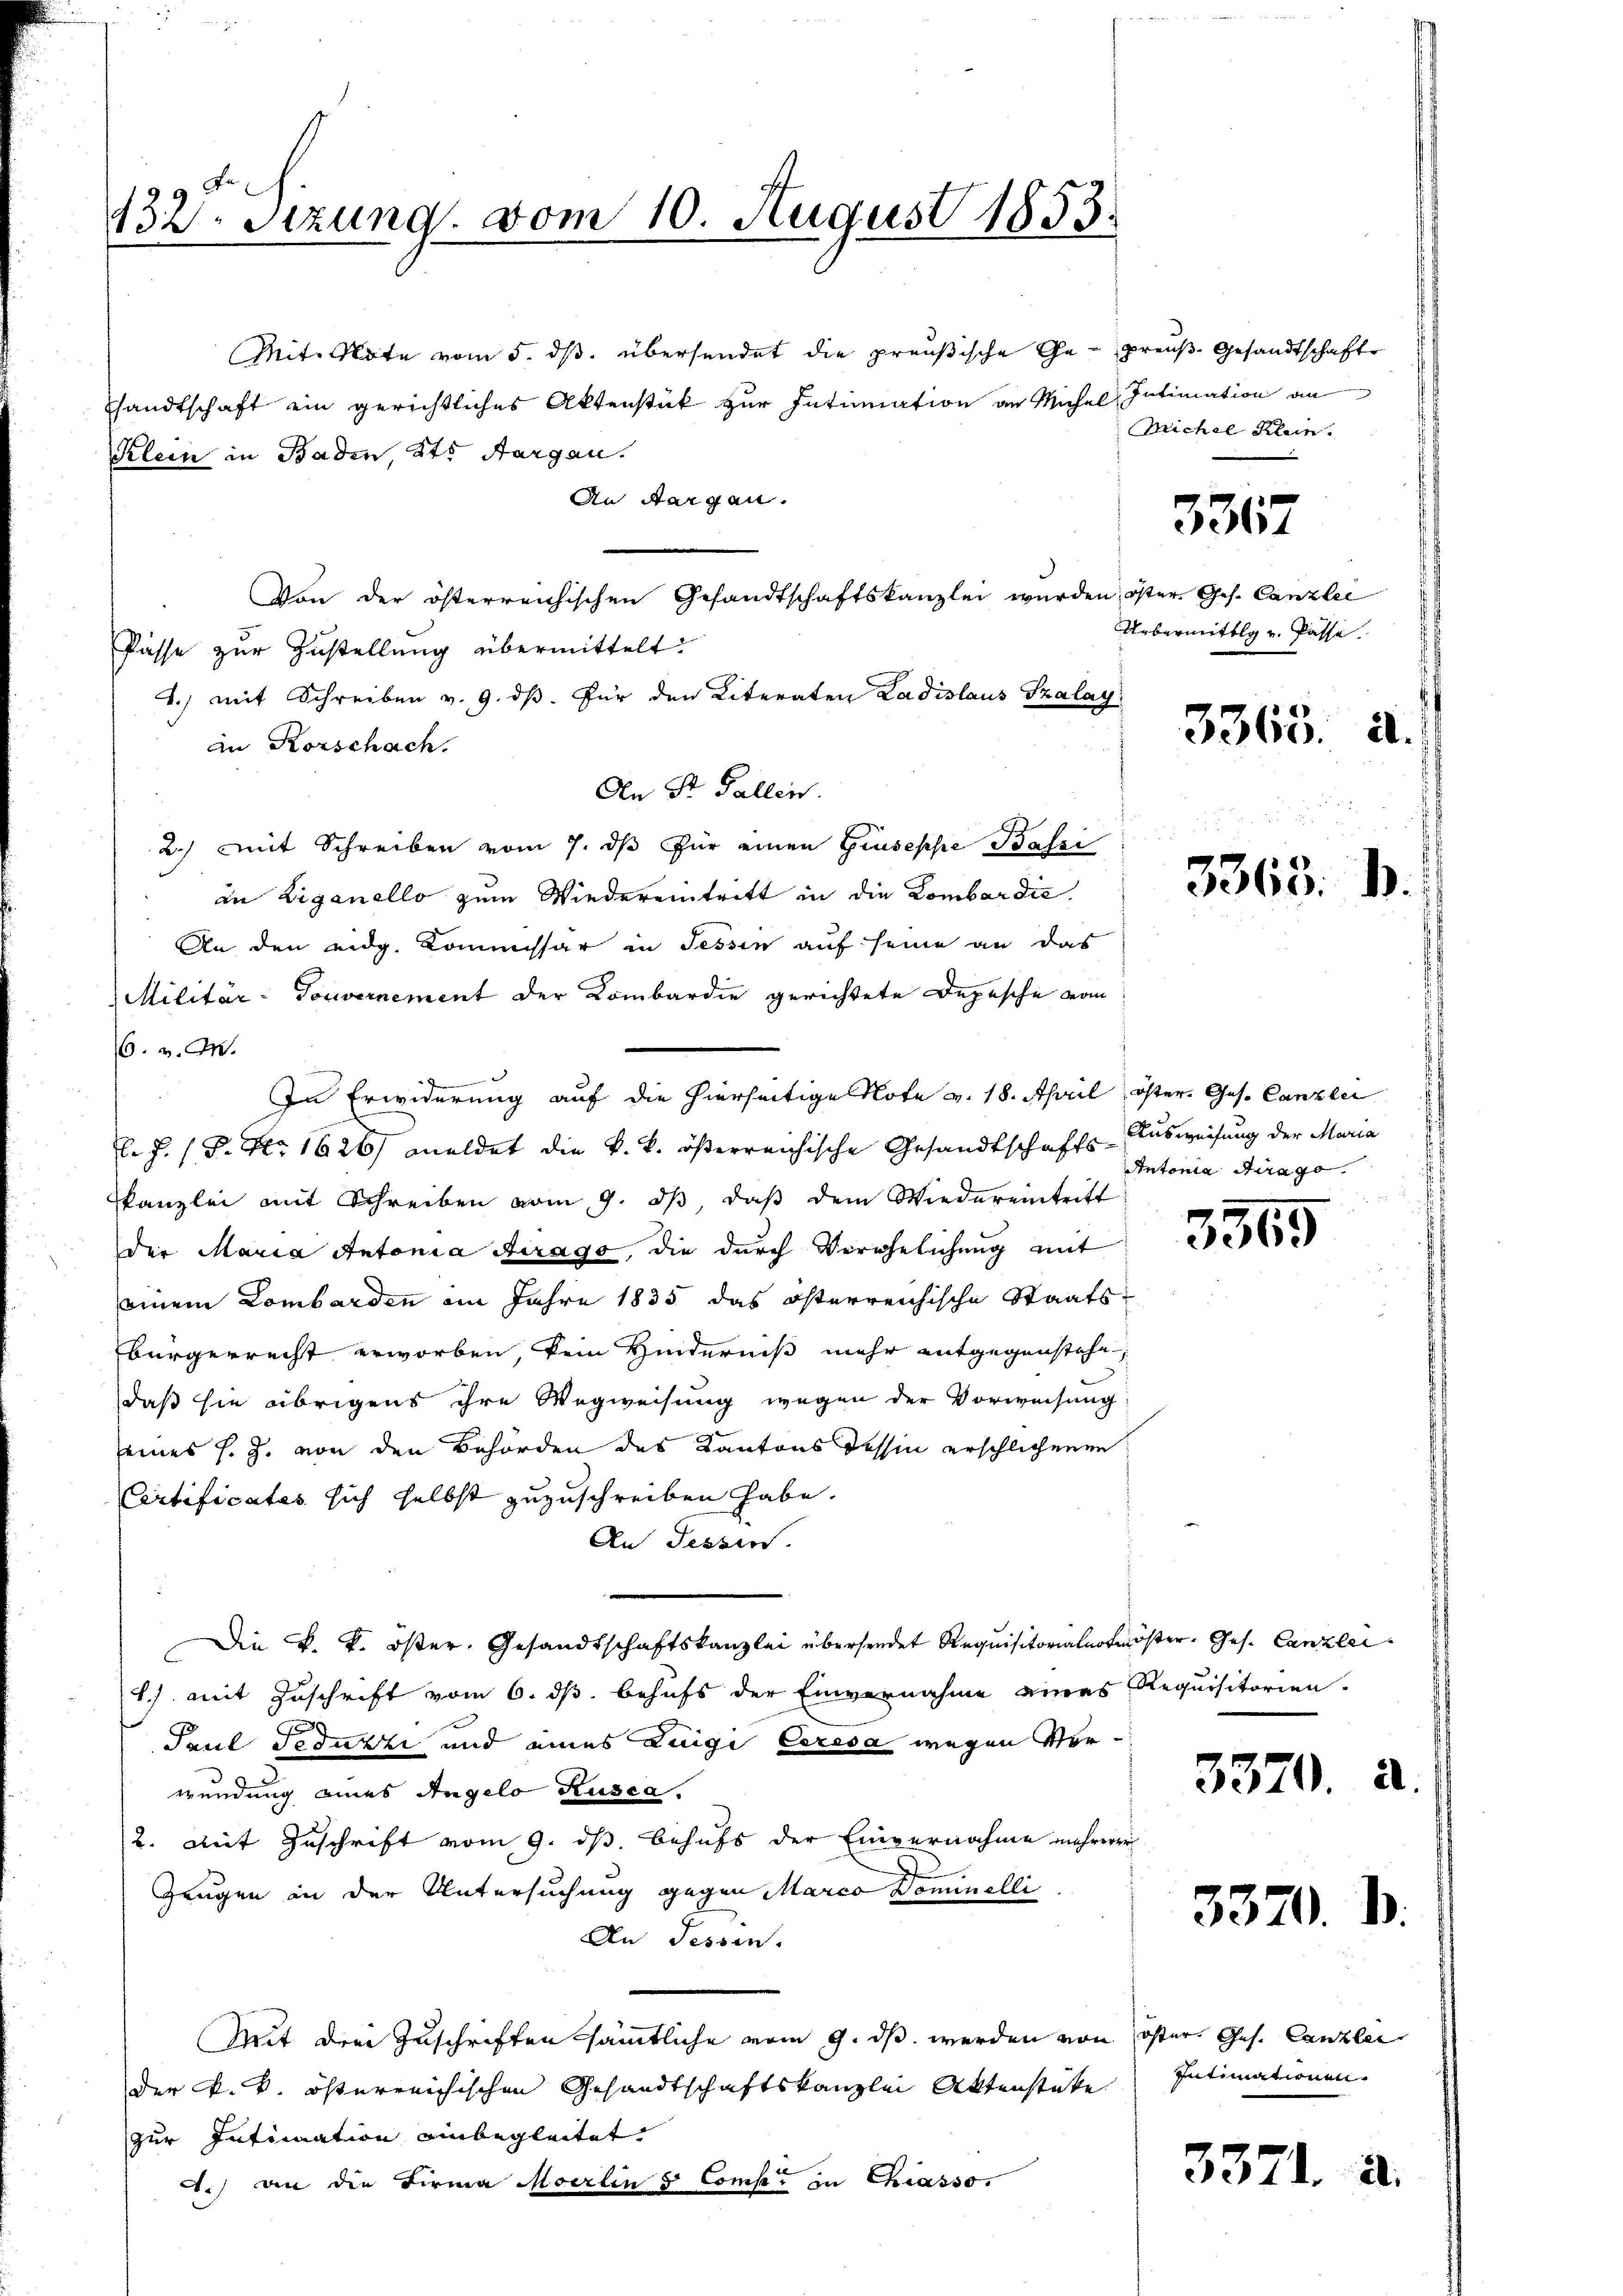
132. Sizung vom 10. August 1853.

Mit. Note vom 5. ds. übersendet die preußische Ge- preuß. Gesandtschafte
andtschaft ein gerichtliches Aktenstück zur Intimation an Michal Intimation an
Klein in Baden, Kts. Aargau.
An Sorgen.
Von der österreichischen Gesandtschaftskanzlei wurden öster Ges. Canzlei
Pässe zur Zustellung übermittelt:
4.) mit Schreiben v. 9. dβ. Für den Literaten Ladislaus Szalay
an Rorschach.
An St. Gallen.
2.) Mit Schreiben vom 7. ds für einen Giuseppe Bassi
an Liganello zum Wiedereintritt in die Lombardie
An den eidg. Kommissar in Tessin auf seine an das
Militär-Touvernement der Kombardie gerichtete Depesche vom
6. v. M.

In Erwiderung auf die hierseitige Note v. 18. April öster. Ges. Canzlei
F. J. (T. No 1626/ meldet die k. k. österreichische Gesandtschafts-Ausweisung der Maria
kanzlei mit Schreiben vom 9. dβ, daß dem Wiedereintritt
der Maria Antonia Airago, die durch Verehelichung mit
einem Lombarden im Jahre 1835 das österreichische Staats-
bürgerrecht erworben, kein Hinderniß mehr entgegenstehe
daß sie übrigens ihre Wegweisung wegen der Vorweisung:
eines s. Z. von den Behörden des Kantons dessin erschlichenen
Certificates sich selbst zuzuschreiben habe.
An Tessin.
Die k. k. öster. Gesandtschaftskanzlei übersendet Requisitorialnotmöser Ges. Canzlei-
1.) mit Zuschrift vom 6. ds. behufs der Einvernahme eines Requisitorien.
Prul Feduzzi und eines Luigi Ceresa wegen Vorwendung eines Angelo Rusca.
2. Mit Zuschrift vom 9. ds. behufs der Einvernahme mehrerer
Zeugen in der Untersuchung gegen Marco Dominelli
An Fessen.
Mit dem Zuschriften sämmtliche vom 9. ds werden von Oster Ges. Canzler
Der k. k. österreichischen Gesandtschaftskanzlei Aktenstücke
zur Intimation ainbegleitet.
A.) an die Firma Moerlin & Comp. in Chiasso.

Michel Klein.

3367

Uebermittlg u. Pässe.

3363. 2

3363.

Antonia Stirago

3365

3370. 2.

3370.

d

.

Intimationen.

3371. a.